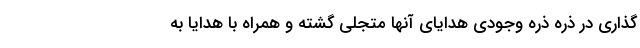
گذاری در ذره ذره وجودی هدایای آنها متجلی گشته و همراه با هدایا به